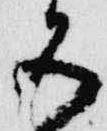
五